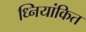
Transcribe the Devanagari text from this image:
ध्नियांकित